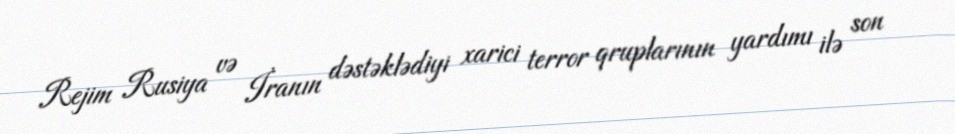
Rejim Rusiya və İranın dəstəklədiyi xarici terror qruplarının yardımı ilə son